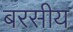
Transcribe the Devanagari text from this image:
बरसीय